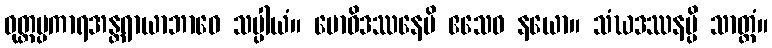
ဝုတ္တပ္ပကာရအန္တရာယာဘာဝေ သပ္ပါယံ။ ဗောဓိဒဿနေပိ ဧသေဝ နယော။ သံဃဒဿနမ္ပိ သာတ္ထံ။